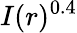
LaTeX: I(r)^{0.4}